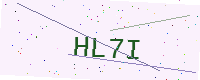
Text: HL7I